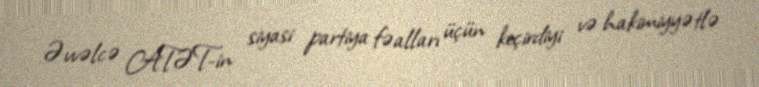
Əvvəlcə ATƏT-in siyasi partiya fəalları üçün keçirdiyi və hakimiyyətlə